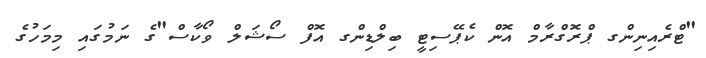
"ޓްރެއިނިންގ ޕްރޮގްރާމް އޮން ކެޕޭސިޓީ ބިލްޑިންގ އޮފް ސޯޝަލް ވޯކާސް"ގެ ނަމުގައި މިމަހުގެ